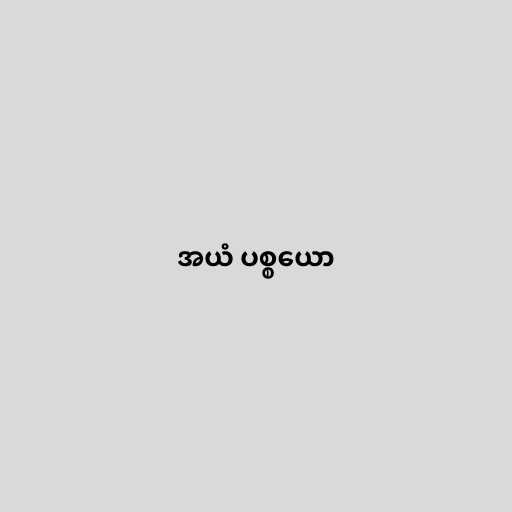
အယံ ပစ္စယော